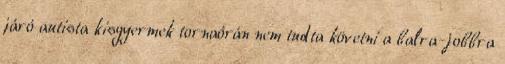
járó autista kisgyermek tornaórán nem tudta követni a balra-jobbra